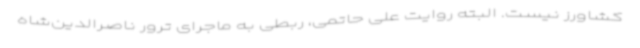
کشاورز نیست. البته روایت علی حاتمی، ربطی به ماجرای ترور ناصرالدین‌شاه